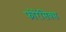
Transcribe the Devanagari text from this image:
फोरेंसिक्स